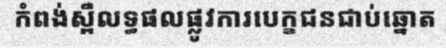
កំពង់ស្ពឺលទ្ធផលផ្លូវការបេក្ខជនជាប់ឆ្នោត